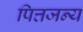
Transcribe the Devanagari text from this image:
पित्तजन्य